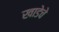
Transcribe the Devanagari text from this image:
खाडेचे